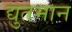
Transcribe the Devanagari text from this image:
द्युतमान